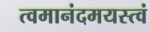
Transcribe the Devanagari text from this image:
त्वमानंदमयस्त्वं